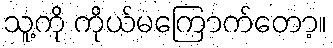
သူ့ကို ကိုယ်မကြောက်တော့။